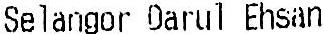
SELANGOR DARUL EHSAN